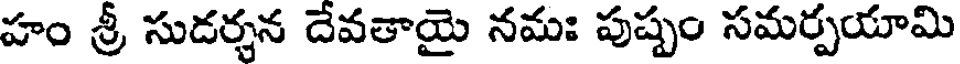
హం శ్రీ సుడర్శన దేవతాయై నమః పుష్పం సమర్పయామి